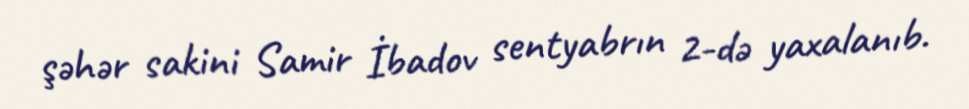
şəhər sakini Samir İbadov sentyabrın 2-də yaxalanıb.